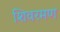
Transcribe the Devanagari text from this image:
शिवरमण